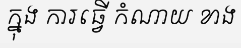
ក្នុង ការធ្វើ កំណាយ ខាង